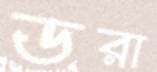
ডরা